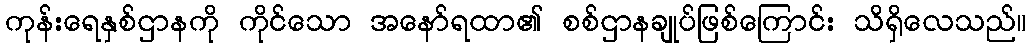
ကုန်းရေနှစ်ဌာနကို ကိုင်သော အနော်ရထာ၏ စစ်ဌာနချုပ်ဖြစ်ကြောင်း သိရှိလေသည်။